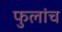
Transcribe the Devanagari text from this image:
फुलांच